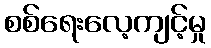
စစ်ရေးလေ့ကျင့်မှု